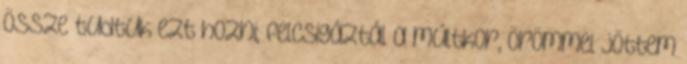
össze tudtuk ezt hozni; felcsigáztál a múltkor, örömmel jöttem